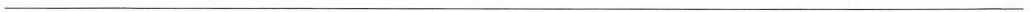
___